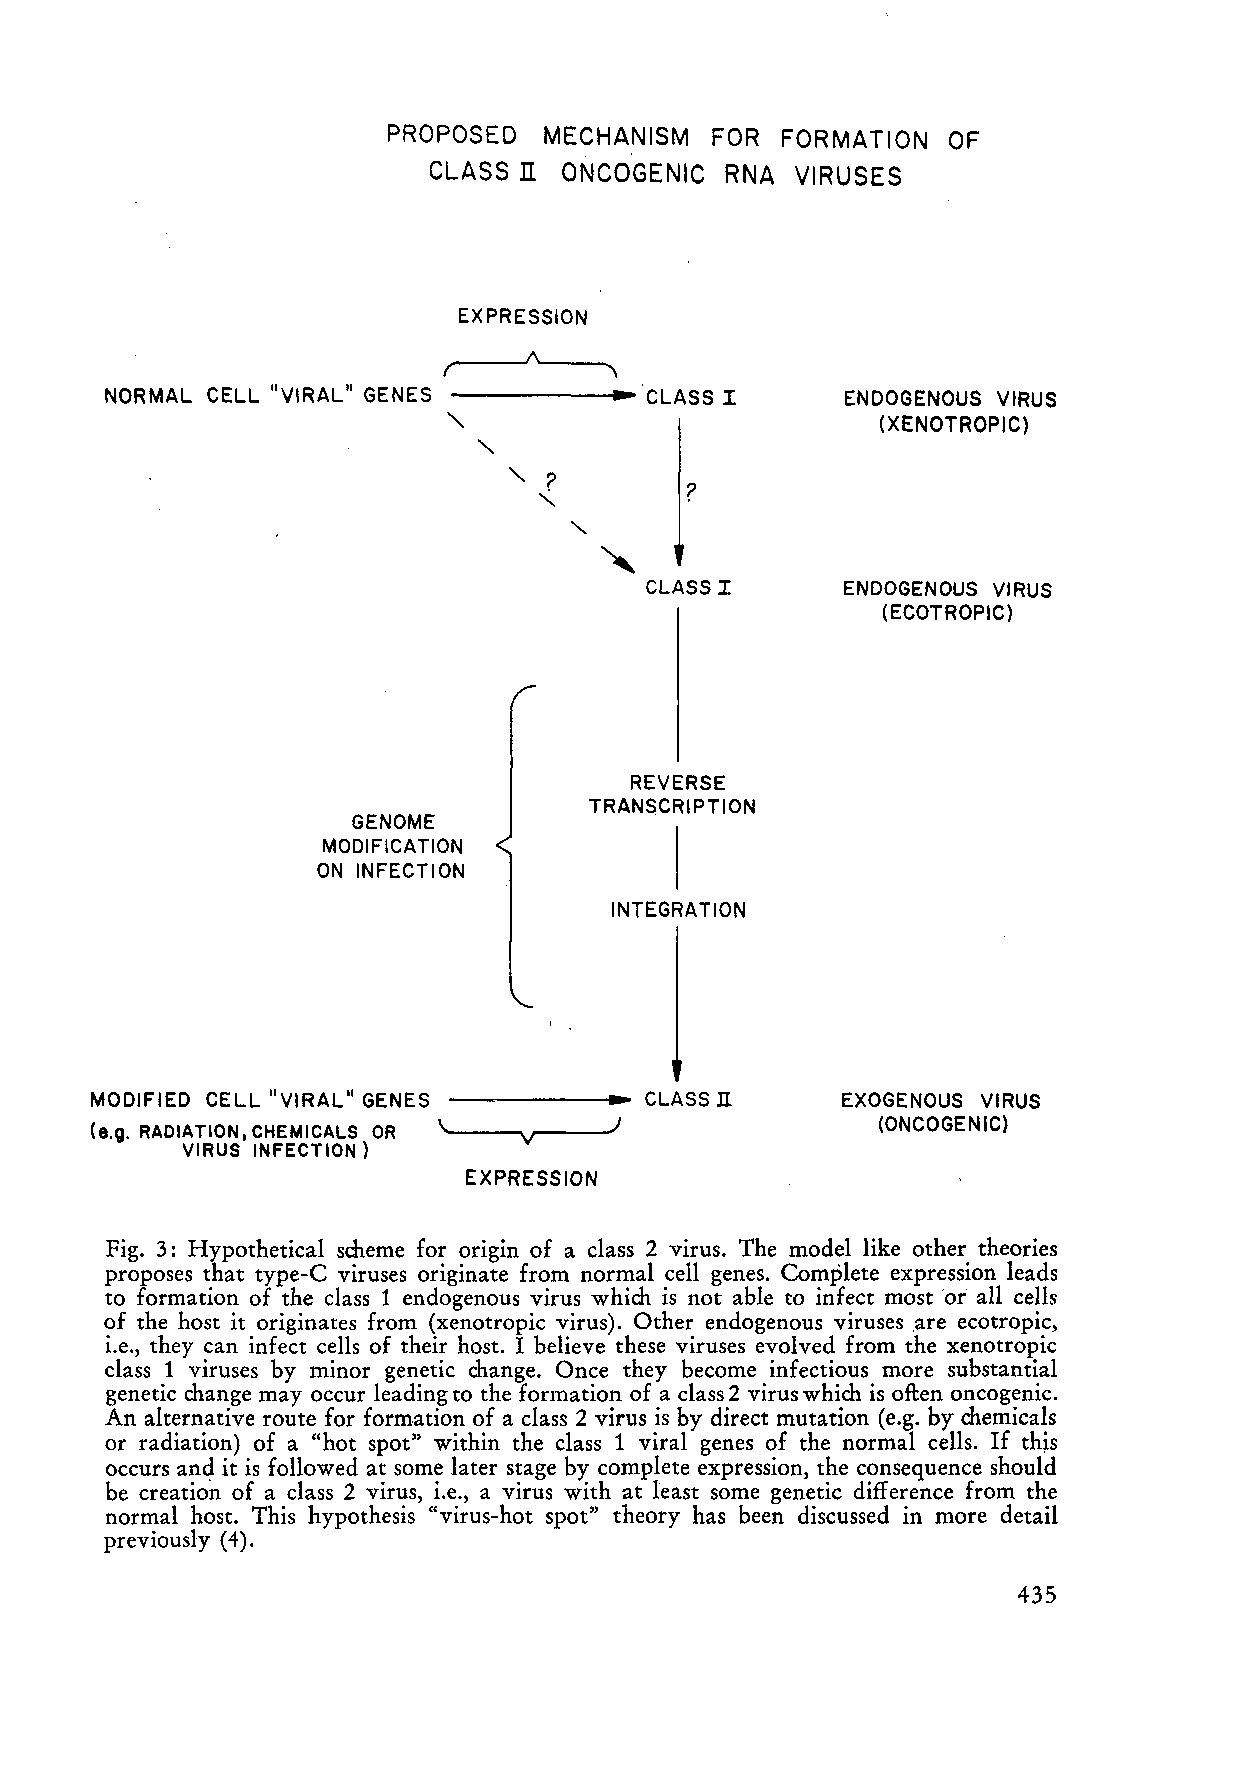
PROPOSED  MECHANISM  FOR  FORMATION  OF
 n
 CLASS   ONCOGENIC  RNA  VIRUSES
 EXPRESSION
 ..--_....J!\'-_---..
 (          '\
 NORMAL CELL "VIRAL" GENES         ... CLASS I    ENDOGENOUS VIRUS
 (XENOTROPIC)
 ?
 CLASS I      ENDOGENOUS VIRUS
 (ECOTROPIC)
 REVERSE
 TRANSCRIPTION
 GENOME
 MODIFICATION
 ON INFECTION
 INTEGRATION
 n
 MODIFIED CELL "VIRAL" GENES       .. CLASS        EXOGENOUS VIRUS
 (ONCOGENIC)
 (e.g. RADIATION, CHEMICALS OR '".. .. _-....V. ~---'J
 VIRUS INFECTION)
 EXPRESSION
 Fig. 3: Hypothetical scheme for origin of a dass 2 virus. The model like other theories
 proposes that type-C viruses originate from normal cell genes. Complete expression leads
 to formation of the dass 1 endogenous virus which is not able to infect most 'oi all cells
 of the host it originates from (xenotropic virus). Other endogenous viruses ,are ecotropic,
 i.e., they can infect cells of their host. I believe these viruses evolved from the xenotropic
 dass 1 viruses by minor genetic change. Once they become infectious more substantial
 genetic change may occur leading to the formation of a dass 2 virus which is often oncogenic.
 An alternative route for formation of a dass 2 virus is by direct mutation (e.g. by chemieals
 or radiation) of a "hot spot" within the dass 1 viral genes of the normal cells. If th~s
 occurs and it is followed at some later stage by complete expression, the consequence should
 be creation of a dass 2 virus, i.e., a virus with at least some genetic difference from the
 normal host. This hypothesis "virus-hot spot" theory has been discussed in more detail
 previously (4).
 435